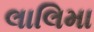
લાલિમા